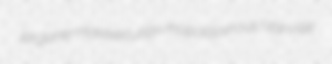
jargoner malexecution rhopalocerous Stanville